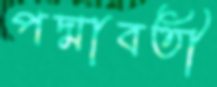
পদ্মাবতী